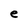
Character: e